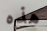
هذه